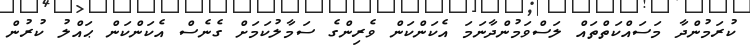
ކުރަމުންދާ މަސައްކަތްތައް ލަސްވަމުންދާނަމަ އެކަންކަން ވެރިންގެ ސަމާލުކަމަށް ގެނެސް އެކަންކަން ޙައްލު ކުރުން